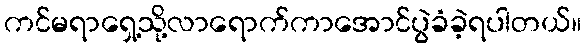
ကင်မရာရှေ့သို့လာရောက်ကာအောင်ပွဲခံခဲ့ရပါတယ်။